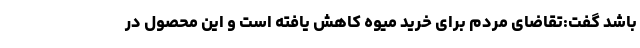
باشد گفت:تقاضای مردم برای خرید میوه کاهش یافته است و این محصول در